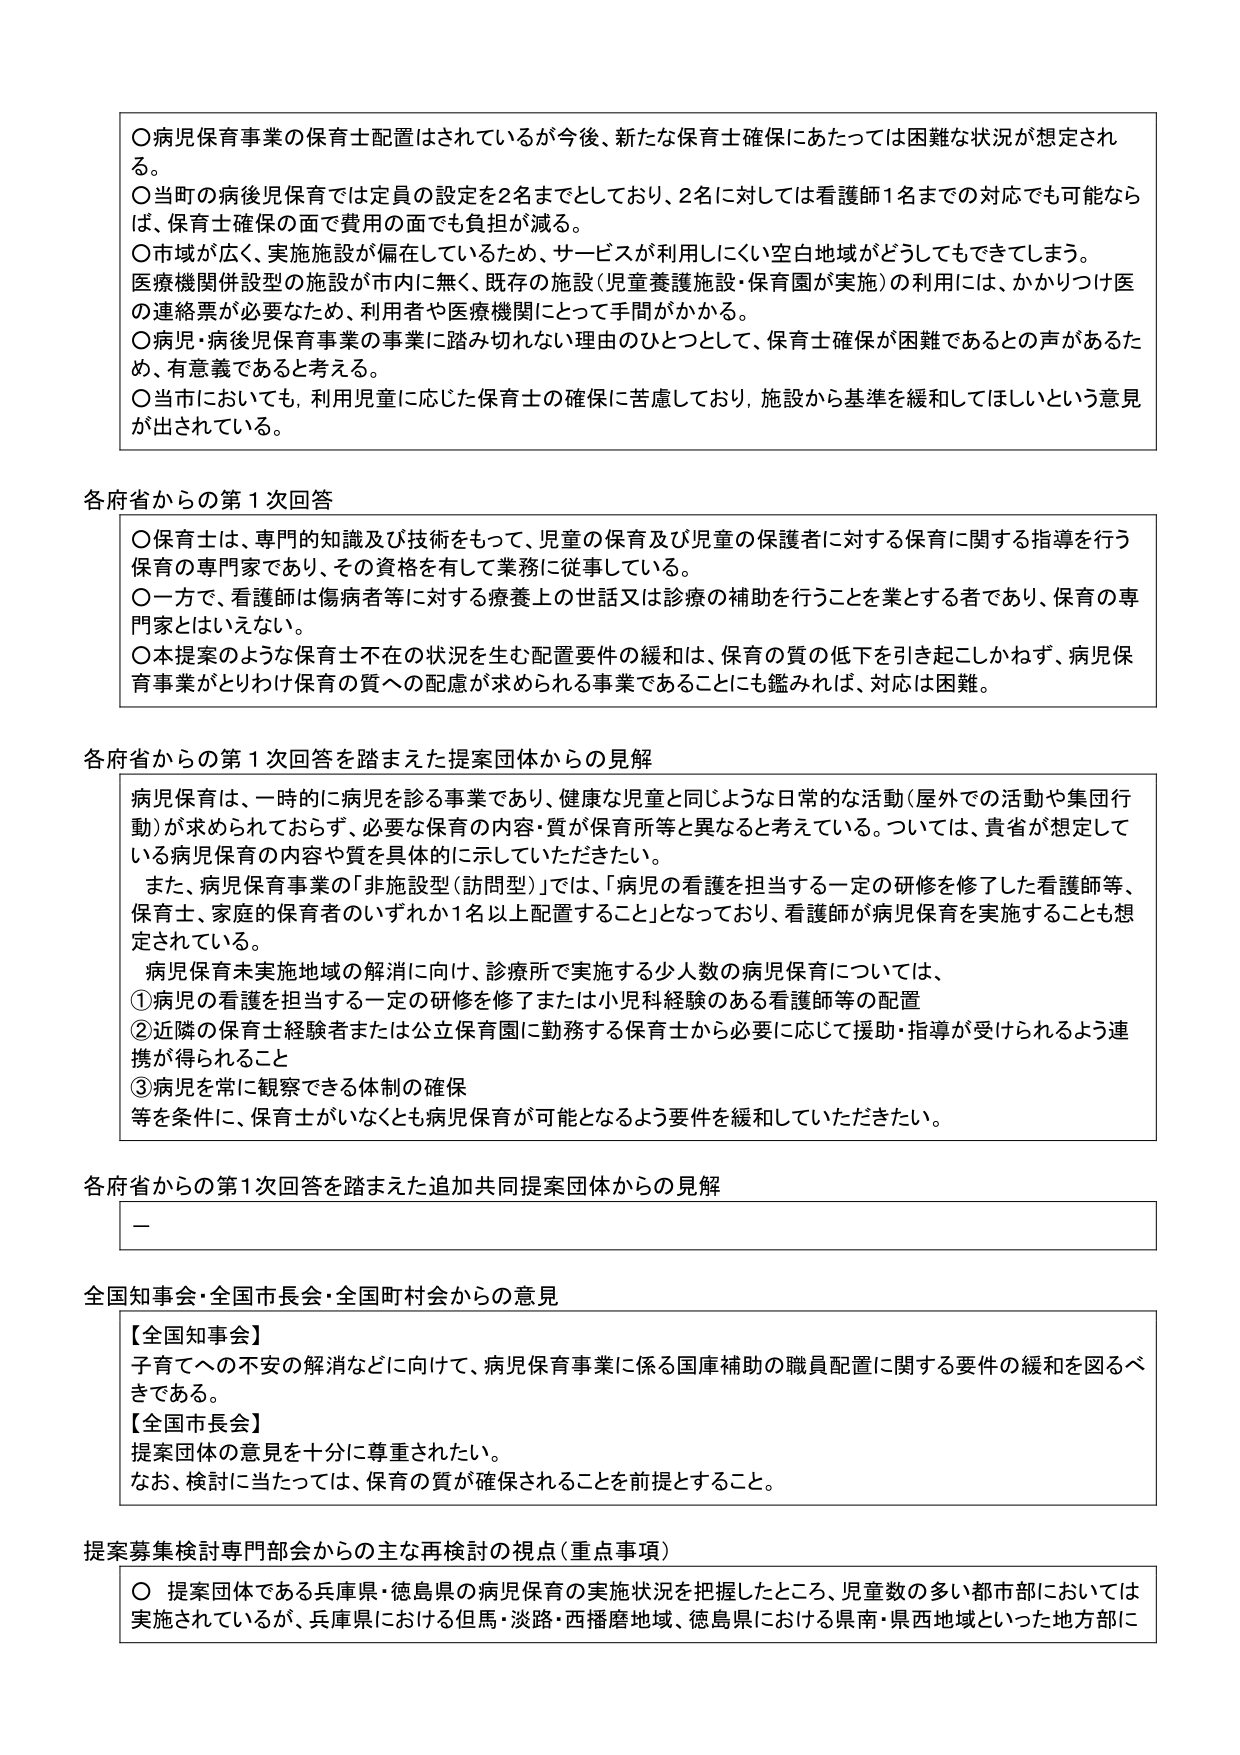
〇病児保育事業の保育士配置はされているが今後、新たな保育士確保にあたっては困難な状況が想定される。
〇当町の病後児保育では定員の設定を2名までとしており、2名に対しては看護師1名までの対応でも可能ならば、保育士確保の面で費用の面でも負担が減る。
〇市域が広く、実施施設が偏在しているため、サービスが利用しにくい空白地域がどうしてもできてしまう。
医療機関併設型の施設が市内に無く、既存の施設（児童養護施設・保育園が実施）の利用には、かかりつけ医の連絡票が必要なため、利用者や医療機関にとって手間がかかる。
〇病児・病後児保育事業の事業に踏み切れない理由のひとつとして、保育士確保が困難であるとの声があるため、有意義であると考える。
〇当市においても、利用児童に応じた保育士の確保に苦慮しており、施設から基準を緩和してほしいという意見が出されている。

各府省からの第1次回答
〇保育士は、専門的知識及び技術をもって、児童の保育及び児童の保護者に対する保育に関する指導を行う保育の専門家であり、その資格を有して業務に従事している。
〇一方で、看護師は傷病者等に対する療養上の世話又は診療の補助を行うことを業とする者であり、保育の専門家とはいえない。
〇本提案のような保育士不在の状況を生む配置要件の緩和は、保育の質の低下を引き起こしかねず、病児保育事業がとりわけ保育の質への配慮が求められる事業であることにも鑑みれば、対応は困難。

各府省からの第1次回答を踏まえた提案団体からの見解
病児保育は、一時的に病児を診る事業であり、健康な児童と同じような日常的な活動（屋外での活動や集団行動）が求められておらず、必要な保育の内容・質が保育所等と異なると考えている。ついては、貴省が想定している病児保育の内容や質を具体的に示していただきたい。
また、病児保育事業の「非施設型（訪問型）」では、「病児の看護を担当する一定の研修を修了した看護師等、保育士、家庭の保育者のいずれか1名以上配置すること」となっており、看護師が病児保育を実施することも想定されている。
病児保育未実施地域の解消に向け、診療所で実施する少人数の病児保育については、
①病児の看護を担当する一定の研修を修了または小児科経験のある看護師等の配置
②近隣の保育士経験者または公立保育園に勤務する保育士から必要に応じて援助・指導が受けられるよう連携が得られること
③病児を常に観察できる体制の確保
等を条件に、保育士がいなくとも病児保育が可能となるよう要件を緩和していただきたい。

各府省からの第1次回答を踏まえた追加共同提案団体からの見解
－

全国知事会・全国市長会・全国町村会からの意見
【全国知事会】
子育てへの不安の解消などに向け、病児保育事業に係る国庫補助の職員配置に関する要件の緩和を図るべきである。
【全国市長会】
提案団体の意見を十分に尊重されたい。
なお、検討に当たっては、保育の質が確保されることを前提とすること。

提案募集検討専門部会からの主な再検討の視点（重点事項）
〇 提案団体である兵庫県・徳島県の病児保育の実施状況を把握したところ、児童数の多い都市部においては実施されているが、兵庫県における但馬・淡路・西播磨地域、徳島県における県南・県西地域といった地方部に